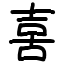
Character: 𠶮